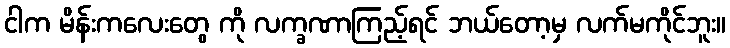
ငါက မိန်းကလေးတွေ ကို လက္ခဏာကြည့်ရင် ဘယ်တော့မှ လက်မကိုင်ဘူး။